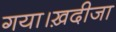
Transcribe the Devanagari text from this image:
गया।ख़दीजा